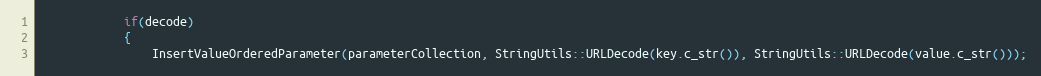
Language: C++
            if(decode)
            {
                InsertValueOrderedParameter(parameterCollection, StringUtils::URLDecode(key.c_str()), StringUtils::URLDecode(value.c_str()));